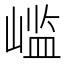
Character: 𫶊